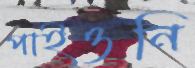
পাইওনি